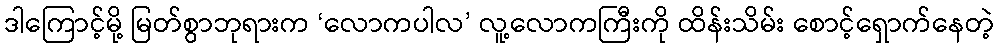
ဒါကြောင့်မို့ မြတ်စွာဘုရားက ‘လောကပါလ’ လူ့လောကကြီးကို ထိန်းသိမ်း စောင့်ရှောက်နေတဲ့